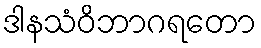
ဒါနသံဝိဘာဂရတော